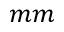
m m